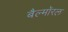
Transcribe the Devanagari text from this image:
बैल्मॉरल